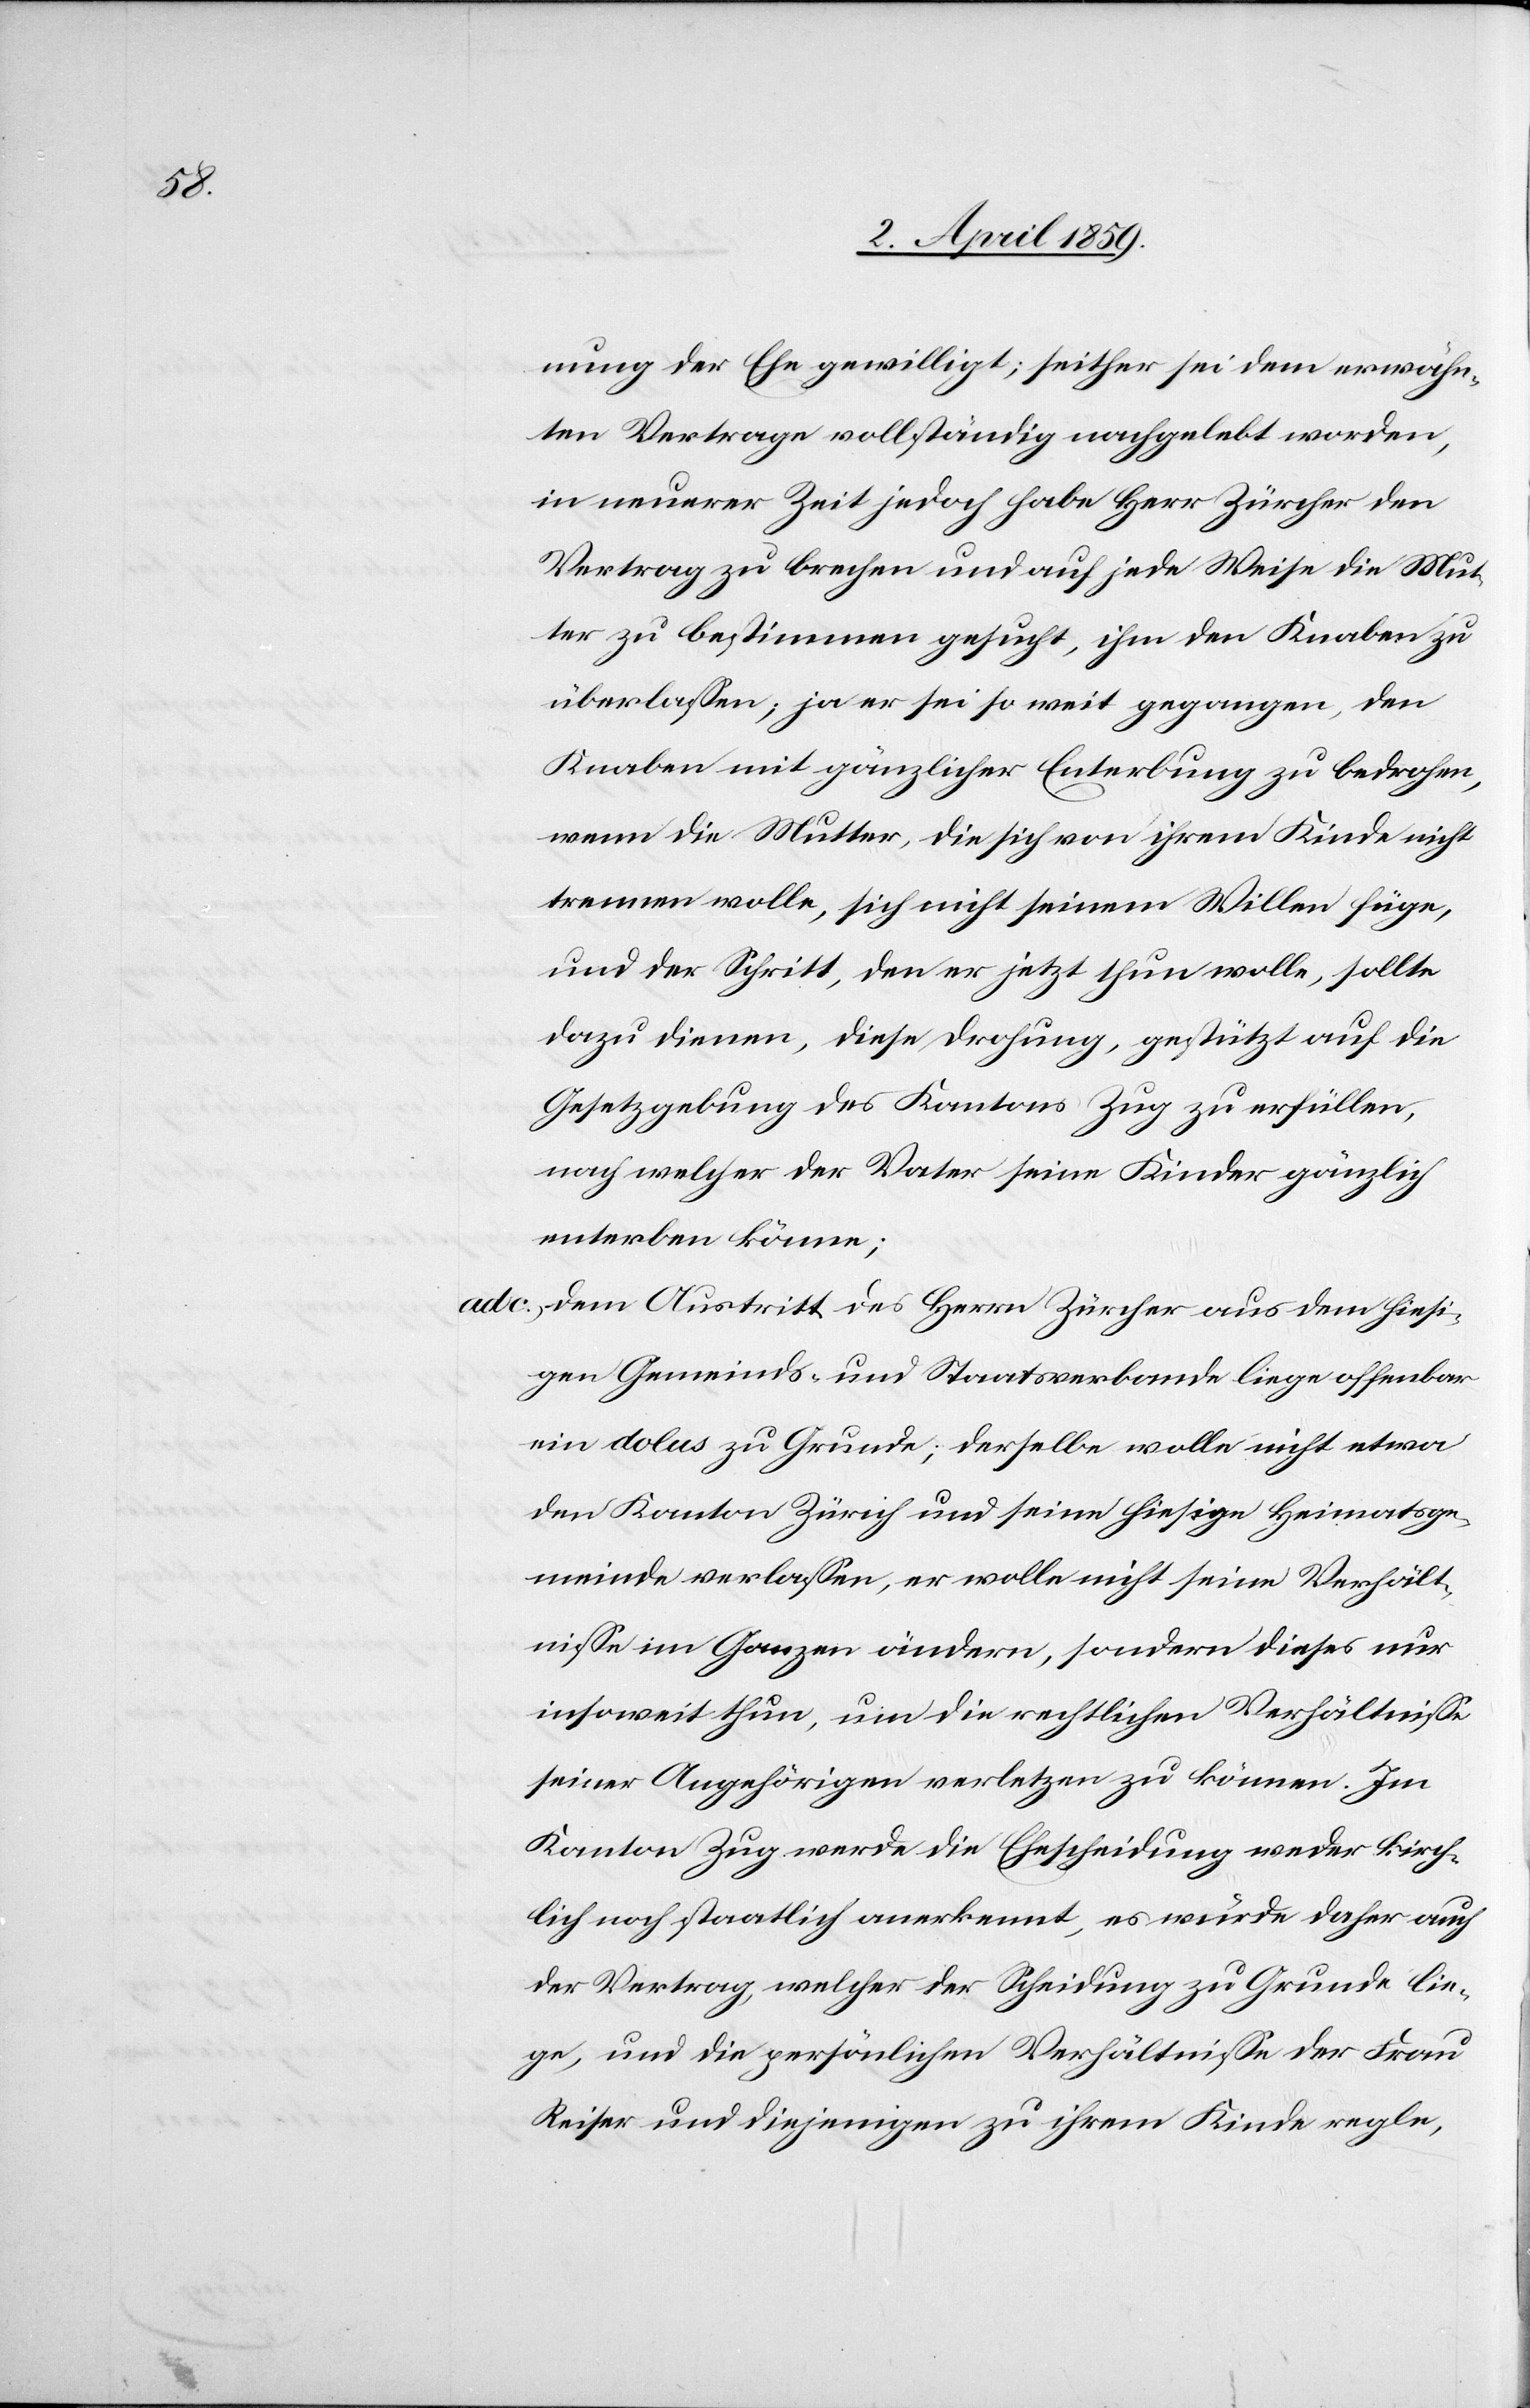
nung der Ehe gewilligt; seither sei dem erwähn¬
ten Vertrage vollständig nachgelebt worden,
in neuerer Zeit jedoch habe Herr Zürcher den
Vertrag zu brechen und auf jede Weise die Mut¬
ter zu bestimmen gesucht, ihm den Knaben zu
überlaßen; ja er sei so weit gegangen, den
Knaben mit gänzlicher Enterbung zu bedrohen,
wenn die Mutter, die sich von ihrem Kinde nicht
trennen wolle, sich nicht seinem Willen füge,
und der Schritt, den er jetzt thun wolle, sollte
dazu dienen, diese Drohung, gestützt auf die
Gesetzgebung des Kantons Zug zu erfüllen,
nach welcher der Vater seine Kinder gänzlich
enterben könne;
ad c) dem Austritt des Herrn Zürcher aus dem hiesi¬
gen Gemeinds- und Staatsverbande liege offenbar
ein dolus zu Grunde; derselbe wolle nicht etwa
den Kanton Zürich und seine hiesige Heimatsge¬
meinde verlaßen, er wolle nicht seine Verhält¬
niße im Ganzen ändern, sondern dieses nur
insoweit thun, um die rechtlichen Verhältniße
seiner Angehörigen verletzen zu können. Im
Kanton Zug werde die Ehescheidung weder kirch¬
lich noch staatlich anerkannt, es würde daher auch
der Vertrag, welcher der Scheidung zu Grunde lie¬
ge, und die persönlichen Verhältniße der Frau
Reiser und diejenigen zu ihrem Kinde regle,